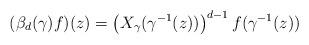
LaTeX: \begin{align*}(\beta_d(\gamma)f)(z)= \left(X_\gamma(\gamma^{-1}(z))\right)^{d-1}f(\gamma^{-1}(z))\end{align*}